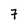
Character: 7